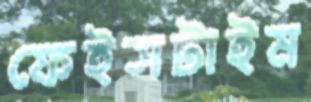
ফেইসটাইম